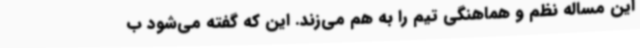
این مساله نظم و هماهنگی تیم را به هم می‌زند. این که گفته می‌شود ب